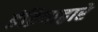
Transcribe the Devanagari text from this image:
इंद्रियाद्वारे